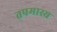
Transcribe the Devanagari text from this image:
तपमास्य